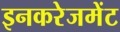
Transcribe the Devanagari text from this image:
इनकरेजमेंट